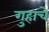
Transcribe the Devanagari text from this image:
गुहाचे